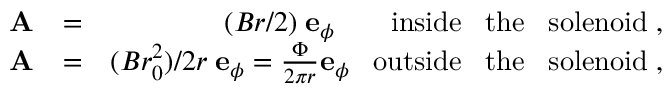
\begin{array} { r l r } { \mathrm { \bf ~ A } } & { = } & { ( B r / 2 ) \; { \bf e } _ { \phi } \; \; \; \; \; \; \; \mathrm { i n s i d e \; \; \; t h e \; \; \; s o l e n o i d } \; , } \\ { \mathrm { \bf ~ A } } & { = } & { ( B r _ { 0 } ^ { 2 } ) / 2 r \; { \bf e } _ { \phi } = \frac { \Phi } { 2 \pi r } { \bf e } _ { \phi } \; \; \; \mathrm { o u t s i d e \; \; \; t h e \; \; \; s o l e n o i d } \; , } \end{array}